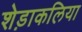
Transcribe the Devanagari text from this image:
शेड़ाकलिया